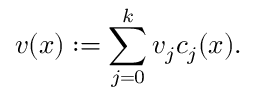
v ( x ) : = \sum _ { j = 0 } ^ { k } v _ { j } c _ { j } ( x ) .